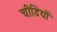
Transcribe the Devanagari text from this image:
चीडियों